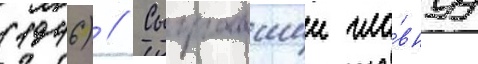
(1946) // Сыгравшии гла́внуу